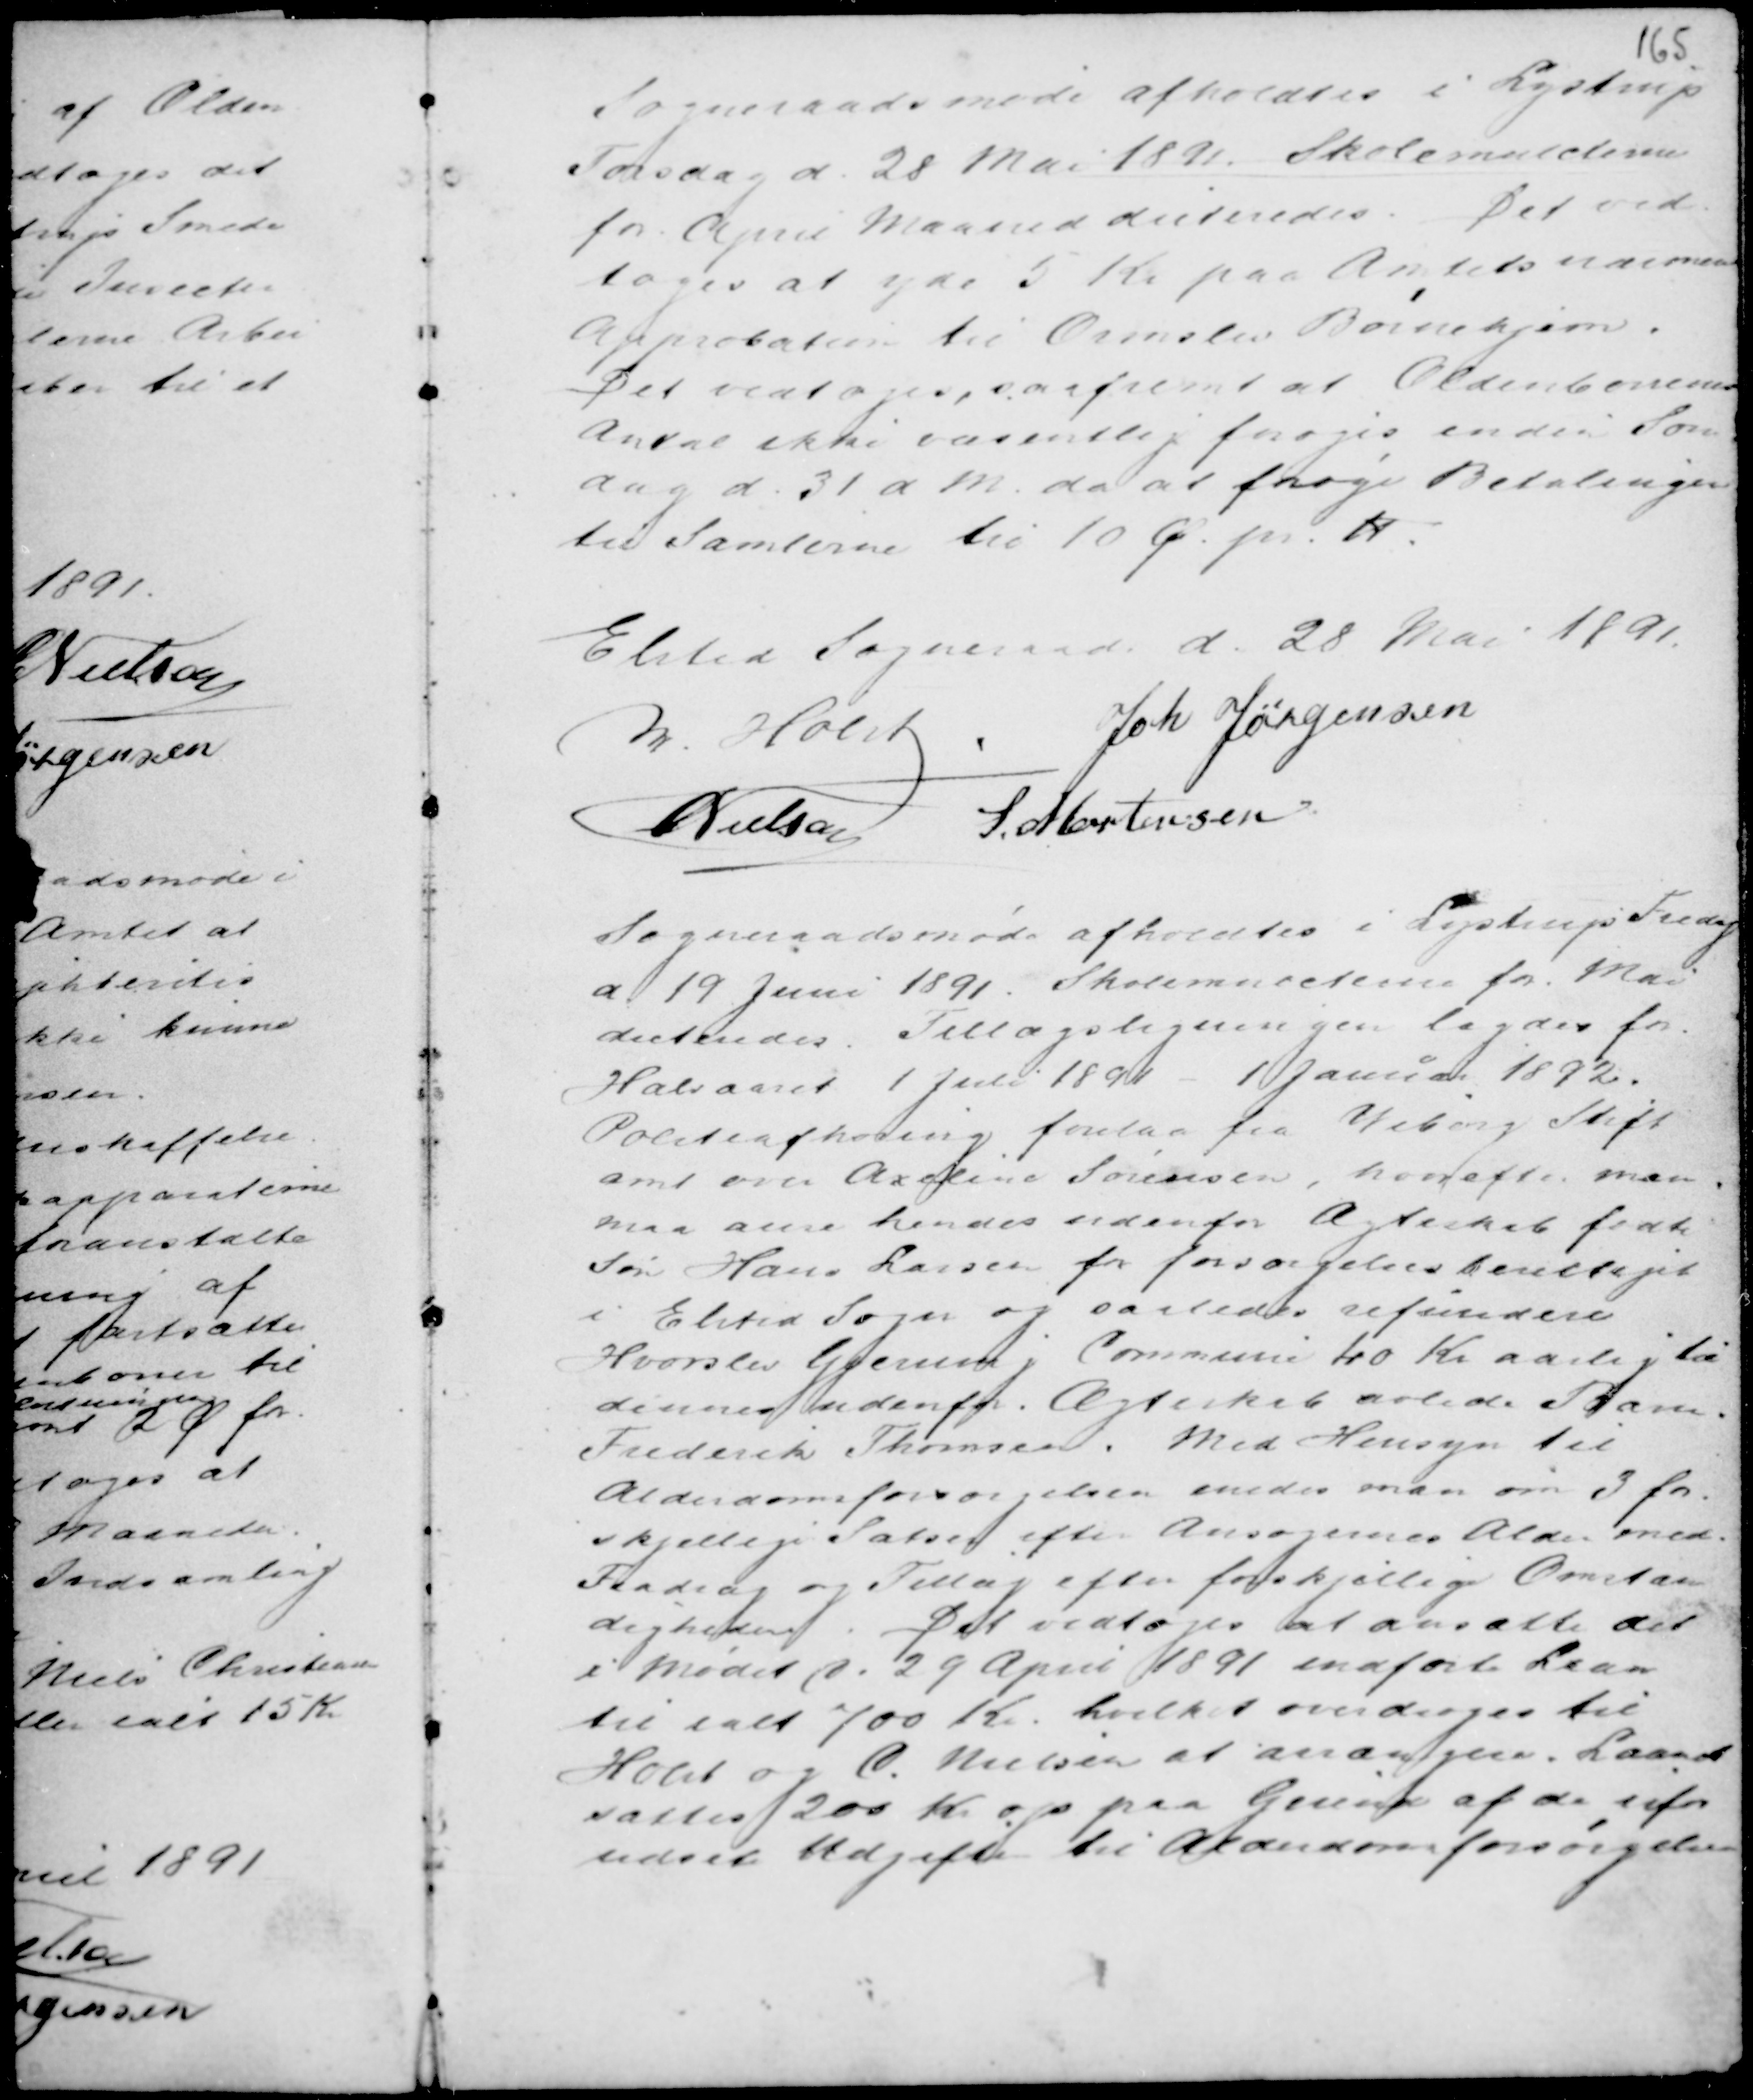
Transskription:
Sogneraadsmøde afholdtes i Lystrup
Torsdag d. 28 Mai 1891. Skolemulcterne
for April Maaned dikteredes. Det ved-
toges at yde 5 Kr paa Amtets nærmere
Approbation til Ormslev Børnehjem.
Det vedtoges saafremt Oldenborrernes
Antal ikke væsentlig forøges inden Søn
dag d. 31 M. da at forøge Betalingen
til Samlerne til 10 Ø. pr. Td.

Elsted Sogneraad d. 28 Mai 1891.
M Holst .
Joh Jørgensen
C Nielsen S. Mortensen

Sogneraadsmøde afholdtes i Lystrup Fredag
d. 19 Juni 1891. Skolemulcterne for Mai
dikteredes. Tillægsligningen lagdes for
Halvaaret 1. Juli 1891 - 1 Januar 1892.
Politiafhøring forelaa fra Viborg Stift
amt over Axeline Sørensen, hvorefter man
maa anse hendes udenfor Ægteskab fødte
Søn Hans Larsen for forsørgelsesberettiget
i Elsted Sogn og saaledes refundere
Hvorslev Gjerning Commune 40 Kr aarlig til
dennes udenfor Ægteskab avlede Barn.
Frederik Thomsen. Med Hensyn til
Alderdomsforsørgelsen enedes man om 3 for-
skjellige Satser efter Ansøgernes Alder med
Fradrag og Tillæg efter forskjellige Omstæn
digheder. Det vedtoges at ansætte det
i mødet d. 29 April 1891 indførte Laan
til ialt 700 Kr. hvilket overdrages til
Holst og C. Nielsen arrangere. Laanet
sattes 200 Kr op paa Grund af de ufor
udsete Udgifter til Alderdomsforsørgelsen